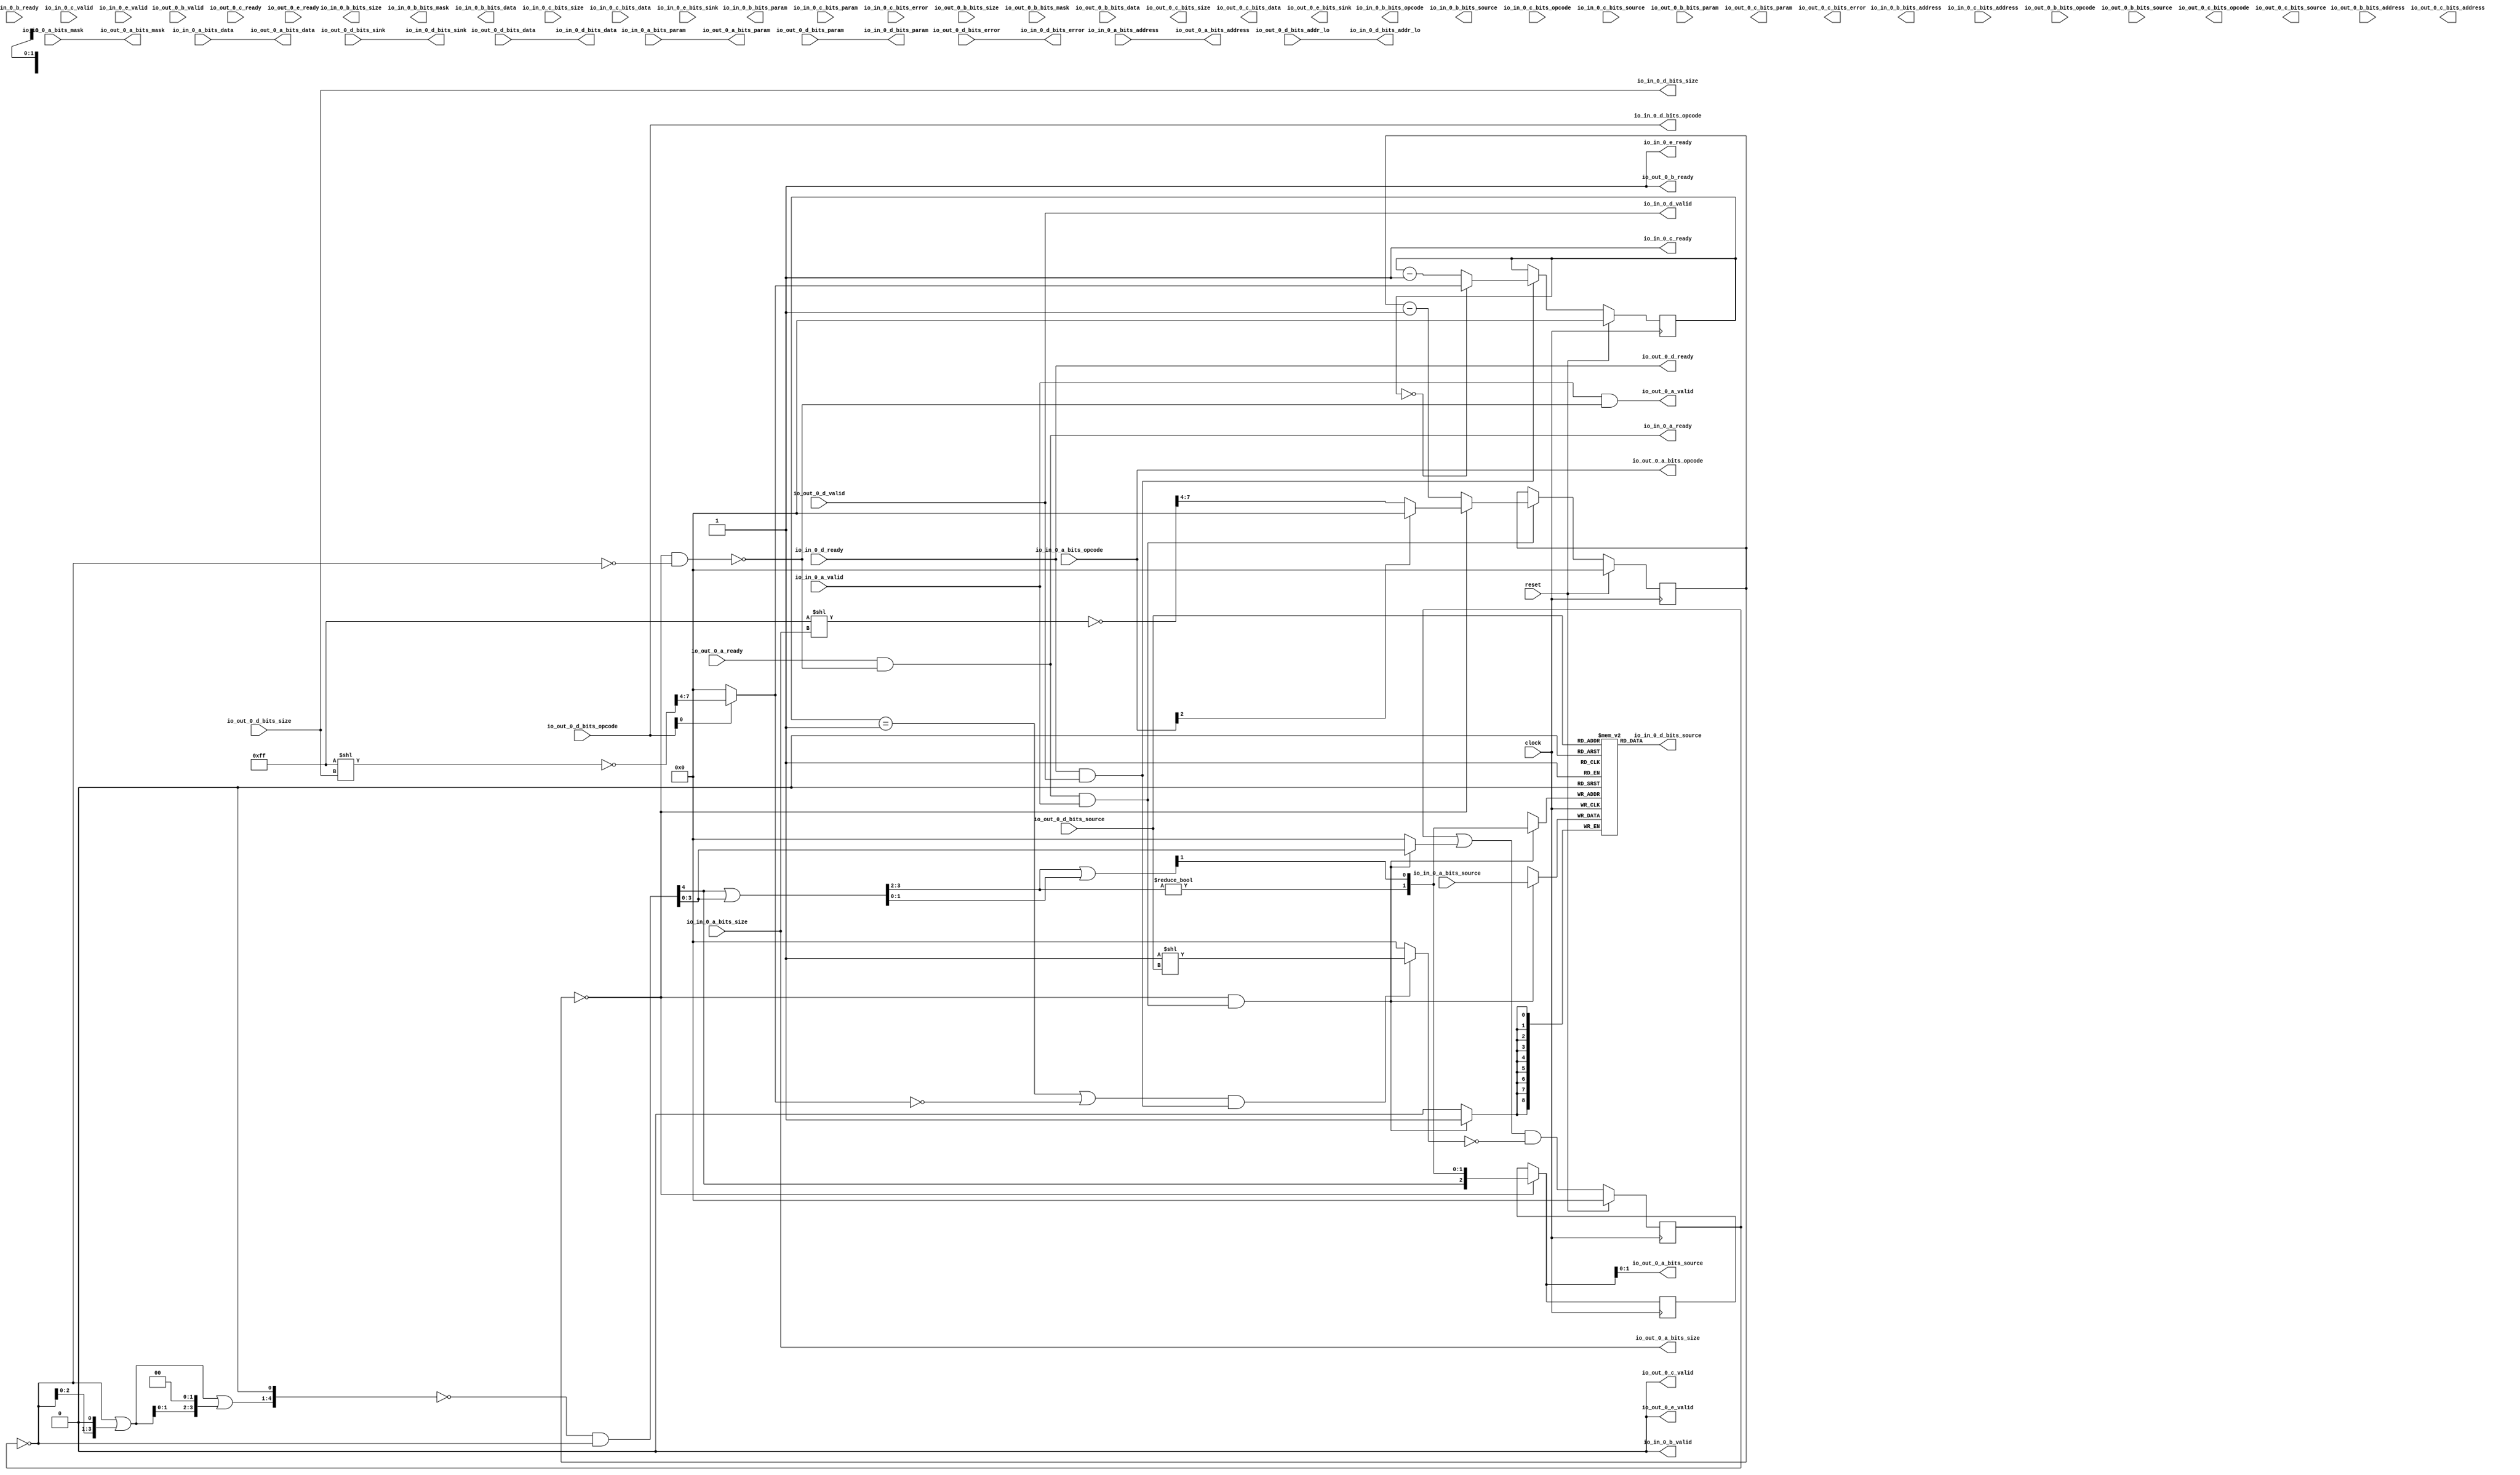
module TLSourceShrinker_l1tol2(
  input   clock,
  input   reset,
  output  io_in_0_a_ready,
  input   io_in_0_a_valid,
  input  [2:0] io_in_0_a_bits_opcode,
  input  [2:0] io_in_0_a_bits_param,
  input  [3:0] io_in_0_a_bits_size,
  input  [8:0] io_in_0_a_bits_source,
  input  [31:0] io_in_0_a_bits_address,
  input  [15:0] io_in_0_a_bits_mask,
  input  [127:0] io_in_0_a_bits_data,
  input   io_in_0_b_ready,
  output  io_in_0_b_valid,
  output [2:0] io_in_0_b_bits_opcode,
  output [1:0] io_in_0_b_bits_param,
  output [3:0] io_in_0_b_bits_size,
  output [8:0] io_in_0_b_bits_source,
  output [31:0] io_in_0_b_bits_address,
  output [15:0] io_in_0_b_bits_mask,
  output [127:0] io_in_0_b_bits_data,
  output  io_in_0_c_ready,
  input   io_in_0_c_valid,
  input  [2:0] io_in_0_c_bits_opcode,
  input  [2:0] io_in_0_c_bits_param,
  input  [3:0] io_in_0_c_bits_size,
  input  [8:0] io_in_0_c_bits_source,
  input  [31:0] io_in_0_c_bits_address,
  input  [127:0] io_in_0_c_bits_data,
  input   io_in_0_c_bits_error,
  input   io_in_0_d_ready,
  output  io_in_0_d_valid,
  output [2:0] io_in_0_d_bits_opcode,
  output [1:0] io_in_0_d_bits_param,
  output [3:0] io_in_0_d_bits_size,
  output [8:0] io_in_0_d_bits_source,
  output [3:0] io_in_0_d_bits_sink,
  output [3:0] io_in_0_d_bits_addr_lo,
  output [127:0] io_in_0_d_bits_data,
  output  io_in_0_d_bits_error,
  output  io_in_0_e_ready,
  input   io_in_0_e_valid,
  input  [3:0] io_in_0_e_bits_sink,
  input   io_out_0_a_ready,
  output  io_out_0_a_valid,
  output [2:0] io_out_0_a_bits_opcode,
  output [2:0] io_out_0_a_bits_param,
  output [3:0] io_out_0_a_bits_size,
  output [1:0] io_out_0_a_bits_source,
  output [31:0] io_out_0_a_bits_address,
  output [15:0] io_out_0_a_bits_mask,
  output [127:0] io_out_0_a_bits_data,
  output  io_out_0_b_ready,
  input   io_out_0_b_valid,
  input  [2:0] io_out_0_b_bits_opcode,
  input  [1:0] io_out_0_b_bits_param,
  input  [3:0] io_out_0_b_bits_size,
  input  [1:0] io_out_0_b_bits_source,
  input  [31:0] io_out_0_b_bits_address,
  input  [15:0] io_out_0_b_bits_mask,
  input  [127:0] io_out_0_b_bits_data,
  input   io_out_0_c_ready,
  output  io_out_0_c_valid,
  output [2:0] io_out_0_c_bits_opcode,
  output [2:0] io_out_0_c_bits_param,
  output [3:0] io_out_0_c_bits_size,
  output [1:0] io_out_0_c_bits_source,
  output [31:0] io_out_0_c_bits_address,
  output [127:0] io_out_0_c_bits_data,
  output  io_out_0_c_bits_error,
  output  io_out_0_d_ready,
  input   io_out_0_d_valid,
  input  [2:0] io_out_0_d_bits_opcode,
  input  [1:0] io_out_0_d_bits_param,
  input  [3:0] io_out_0_d_bits_size,
  input  [1:0] io_out_0_d_bits_source,
  input  [3:0] io_out_0_d_bits_sink,
  input  [3:0] io_out_0_d_bits_addr_lo,
  input  [127:0] io_out_0_d_bits_data,
  input   io_out_0_d_bits_error,
  input   io_out_0_e_ready,
  output  io_out_0_e_valid,
  output [3:0] io_out_0_e_bits_sink
);
  reg [8:0] _T_1409 [0:3];
  reg [31:0] _GEN_24;
  wire [8:0] _T_1409__T_1505_data;
  wire [1:0] _T_1409__T_1505_addr;
  wire [8:0] _T_1409__T_1509_data;
  wire [1:0] _T_1409__T_1509_addr;
  wire  _T_1409__T_1509_mask;
  wire  _T_1409__T_1509_en;
  reg [3:0] _T_1411;
  reg [31:0] _GEN_25;
  wire [3:0] _T_1412;
  wire [4:0] _GEN_13;
  wire [4:0] _T_1413;
  wire [3:0] _T_1414;
  wire [3:0] _T_1415;
  wire [5:0] _GEN_14;
  wire [5:0] _T_1416;
  wire [3:0] _T_1417;
  wire [3:0] _T_1418;
  wire [4:0] _GEN_15;
  wire [4:0] _T_1419;
  wire [4:0] _T_1420;
  wire [4:0] _T_1422;
  wire  _T_1423;
  wire [3:0] _T_1424;
  wire [3:0] _GEN_17;
  wire [3:0] _T_1427;
  wire [1:0] _T_1428;
  wire [1:0] _T_1429;
  wire  _T_1431;
  wire [1:0] _T_1432;
  wire  _T_1433;
  wire [1:0] _T_1434;
  wire [2:0] _T_1435;
  wire  _T_1438;
  wire  _T_1439;
  wire [22:0] _T_1442;
  wire [7:0] _T_1443;
  wire [7:0] _T_1444;
  wire [3:0] _T_1445;
  wire  _T_1446;
  wire  _T_1448;
  wire [3:0] _T_1450;
  reg [3:0] _T_1452;
  reg [31:0] _GEN_26;
  wire [4:0] _T_1454;
  wire [3:0] _T_1455;
  wire  _T_1457;
  wire [3:0] _T_1466;
  wire [3:0] _GEN_0;
  wire  _T_1467;
  wire [22:0] _T_1470;
  wire [7:0] _T_1471;
  wire [7:0] _T_1472;
  wire [3:0] _T_1473;
  wire  _T_1474;
  wire [3:0] _T_1476;
  reg [3:0] _T_1478;
  reg [31:0] _GEN_27;
  wire [4:0] _T_1480;
  wire [3:0] _T_1481;
  wire  _T_1483;
  wire  _T_1485;
  wire  _T_1487;
  wire  _T_1488;
  wire  _T_1489;
  wire [3:0] _T_1492;
  wire [3:0] _GEN_1;
  wire  _T_1493;
  wire  _T_1495;
  wire  _T_1496;
  wire  _T_1499;
  wire  _T_1501;
  reg [2:0] _T_1503;
  reg [31:0] _GEN_28;
  wire [2:0] _GEN_2;
  wire [2:0] _T_1504;
  wire  _T_1507;
  wire [1:0] _T_1508;
  wire [4:0] _T_1515;
  wire [3:0] _T_1517;
  wire [3:0] _T_1519;
  wire [4:0] _GEN_18;
  wire [4:0] _T_1520;
  wire [3:0] _T_1521;
  wire [4:0] _GEN_19;
  wire [4:0] _T_1522;
  reg [2:0] _GEN_3;
  reg [31:0] _GEN_29;
  reg [1:0] _GEN_4;
  reg [31:0] _GEN_30;
  reg [3:0] _GEN_5;
  reg [31:0] _GEN_31;
  reg [8:0] _GEN_6;
  reg [31:0] _GEN_32;
  reg [31:0] _GEN_7;
  reg [31:0] _GEN_33;
  reg [15:0] _GEN_8;
  reg [31:0] _GEN_34;
  reg [127:0] _GEN_9;
  reg [127:0] _GEN_35;
  reg [2:0] _GEN_10;
  reg [31:0] _GEN_36;
  reg [2:0] _GEN_11;
  reg [31:0] _GEN_37;
  reg [3:0] _GEN_12;
  reg [31:0] _GEN_38;
  reg [1:0] _GEN_16;
  reg [31:0] _GEN_39;
  reg [31:0] _GEN_20;
  reg [31:0] _GEN_40;
  reg [127:0] _GEN_21;
  reg [127:0] _GEN_41;
  reg  _GEN_22;
  reg [31:0] _GEN_42;
  reg [3:0] _GEN_23;
  reg [31:0] _GEN_43;
  assign io_in_0_a_ready = _T_1496;
  assign io_in_0_b_valid = 1'h0;
  assign io_in_0_b_bits_opcode = _GEN_3;
  assign io_in_0_b_bits_param = _GEN_4;
  assign io_in_0_b_bits_size = _GEN_5;
  assign io_in_0_b_bits_source = _GEN_6;
  assign io_in_0_b_bits_address = _GEN_7;
  assign io_in_0_b_bits_mask = _GEN_8;
  assign io_in_0_b_bits_data = _GEN_9;
  assign io_in_0_c_ready = 1'h1;
  assign io_in_0_d_valid = io_out_0_d_valid;
  assign io_in_0_d_bits_opcode = io_out_0_d_bits_opcode;
  assign io_in_0_d_bits_param = io_out_0_d_bits_param;
  assign io_in_0_d_bits_size = io_out_0_d_bits_size;
  assign io_in_0_d_bits_source = _T_1409__T_1505_data;
  assign io_in_0_d_bits_sink = io_out_0_d_bits_sink;
  assign io_in_0_d_bits_addr_lo = io_out_0_d_bits_addr_lo;
  assign io_in_0_d_bits_data = io_out_0_d_bits_data;
  assign io_in_0_d_bits_error = io_out_0_d_bits_error;
  assign io_in_0_e_ready = 1'h1;
  assign io_out_0_a_valid = _T_1499;
  assign io_out_0_a_bits_opcode = io_in_0_a_bits_opcode;
  assign io_out_0_a_bits_param = io_in_0_a_bits_param;
  assign io_out_0_a_bits_size = io_in_0_a_bits_size;
  assign io_out_0_a_bits_source = _T_1504[1:0];
  assign io_out_0_a_bits_address = io_in_0_a_bits_address;
  assign io_out_0_a_bits_mask = io_in_0_a_bits_mask;
  assign io_out_0_a_bits_data = io_in_0_a_bits_data;
  assign io_out_0_b_ready = 1'h1;
  assign io_out_0_c_valid = 1'h0;
  assign io_out_0_c_bits_opcode = _GEN_10;
  assign io_out_0_c_bits_param = _GEN_11;
  assign io_out_0_c_bits_size = _GEN_12;
  assign io_out_0_c_bits_source = _GEN_16;
  assign io_out_0_c_bits_address = _GEN_20;
  assign io_out_0_c_bits_data = _GEN_21;
  assign io_out_0_c_bits_error = _GEN_22;
  assign io_out_0_d_ready = io_in_0_d_ready;
  assign io_out_0_e_valid = 1'h0;
  assign io_out_0_e_bits_sink = _GEN_23;
  assign _T_1409__T_1505_addr = io_out_0_d_bits_source;
  assign _T_1409__T_1505_data = _T_1409[_T_1409__T_1505_addr];
  assign _T_1409__T_1509_data = io_in_0_a_bits_source;
  assign _T_1409__T_1509_addr = _T_1508;
  assign _T_1409__T_1509_mask = _T_1507;
  assign _T_1409__T_1509_en = _T_1507;
  assign _T_1412 = ~ _T_1411;
  assign _GEN_13 = {{1'd0}, _T_1412};
  assign _T_1413 = _GEN_13 << 1;
  assign _T_1414 = _T_1413[3:0];
  assign _T_1415 = _T_1412 | _T_1414;
  assign _GEN_14 = {{2'd0}, _T_1415};
  assign _T_1416 = _GEN_14 << 2;
  assign _T_1417 = _T_1416[3:0];
  assign _T_1418 = _T_1415 | _T_1417;
  assign _GEN_15 = {{1'd0}, _T_1418};
  assign _T_1419 = _GEN_15 << 1;
  assign _T_1420 = ~ _T_1419;
  assign _T_1422 = _T_1420 & _GEN_13;
  assign _T_1423 = _T_1422[4];
  assign _T_1424 = _T_1422[3:0];
  assign _GEN_17 = {{3'd0}, _T_1423};
  assign _T_1427 = _GEN_17 | _T_1424;
  assign _T_1428 = _T_1427[3:2];
  assign _T_1429 = _T_1427[1:0];
  assign _T_1431 = _T_1428 != 2'h0;
  assign _T_1432 = _T_1428 | _T_1429;
  assign _T_1433 = _T_1432[1];
  assign _T_1434 = {_T_1431,_T_1433};
  assign _T_1435 = {_T_1423,_T_1434};
  assign _T_1438 = _T_1412 == 4'h0;
  assign _T_1439 = io_in_0_a_ready & io_in_0_a_valid;
  assign _T_1442 = 23'hff << io_in_0_a_bits_size;
  assign _T_1443 = _T_1442[7:0];
  assign _T_1444 = ~ _T_1443;
  assign _T_1445 = _T_1444[7:4];
  assign _T_1446 = io_in_0_a_bits_opcode[2];
  assign _T_1448 = _T_1446 == 1'h0;
  assign _T_1450 = _T_1448 ? _T_1445 : 4'h0;
  assign _T_1454 = _T_1452 - 4'h1;
  assign _T_1455 = _T_1454[3:0];
  assign _T_1457 = _T_1452 == 4'h0;
  assign _T_1466 = _T_1457 ? _T_1450 : _T_1455;
  assign _GEN_0 = _T_1439 ? _T_1466 : _T_1452;
  assign _T_1467 = io_in_0_d_ready & io_in_0_d_valid;
  assign _T_1470 = 23'hff << io_in_0_d_bits_size;
  assign _T_1471 = _T_1470[7:0];
  assign _T_1472 = ~ _T_1471;
  assign _T_1473 = _T_1472[7:4];
  assign _T_1474 = io_in_0_d_bits_opcode[0];
  assign _T_1476 = _T_1474 ? _T_1473 : 4'h0;
  assign _T_1480 = _T_1478 - 4'h1;
  assign _T_1481 = _T_1480[3:0];
  assign _T_1483 = _T_1478 == 4'h0;
  assign _T_1485 = _T_1478 == 4'h1;
  assign _T_1487 = _T_1476 == 4'h0;
  assign _T_1488 = _T_1485 | _T_1487;
  assign _T_1489 = _T_1488 & _T_1467;
  assign _T_1492 = _T_1483 ? _T_1476 : _T_1481;
  assign _GEN_1 = _T_1467 ? _T_1492 : _T_1478;
  assign _T_1493 = _T_1457 & _T_1438;
  assign _T_1495 = _T_1493 == 1'h0;
  assign _T_1496 = io_out_0_a_ready & _T_1495;
  assign _T_1499 = io_in_0_a_valid & _T_1495;
  assign _T_1501 = _T_1457 == 1'h0;
  assign _GEN_2 = _T_1457 ? _T_1435 : _T_1503;
  assign _T_1504 = _T_1501 ? _T_1503 : _T_1435;
  assign _T_1507 = _T_1457 & _T_1439;
  assign _T_1508 = _T_1435[1:0];
  assign _T_1515 = _T_1507 ? _T_1422 : 5'h0;
  assign _T_1517 = 4'h1 << io_out_0_d_bits_source;
  assign _T_1519 = _T_1489 ? _T_1517 : 4'h0;
  assign _GEN_18 = {{1'd0}, _T_1411};
  assign _T_1520 = _GEN_18 | _T_1515;
  assign _T_1521 = ~ _T_1519;
  assign _GEN_19 = {{1'd0}, _T_1521};
  assign _T_1522 = _T_1520 & _GEN_19;
`ifdef RANDOMIZE
  integer initvar;
  initial begin
    `ifndef verilator
      #0.002 begin end
    `endif
  _GEN_24 = {1{$random}};
  `ifdef RANDOMIZE_MEM_INIT
  for (initvar = 0; initvar < 4; initvar = initvar+1)
    _T_1409[initvar] = _GEN_24[8:0];
  `endif
  `ifdef RANDOMIZE_REG_INIT
  _GEN_25 = {1{$random}};
  _T_1411 = _GEN_25[3:0];
  `endif
  `ifdef RANDOMIZE_REG_INIT
  _GEN_26 = {1{$random}};
  _T_1452 = _GEN_26[3:0];
  `endif
  `ifdef RANDOMIZE_REG_INIT
  _GEN_27 = {1{$random}};
  _T_1478 = _GEN_27[3:0];
  `endif
  `ifdef RANDOMIZE_REG_INIT
  _GEN_28 = {1{$random}};
  _T_1503 = _GEN_28[2:0];
  `endif
  `ifdef RANDOMIZE_REG_INIT
  _GEN_29 = {1{$random}};
  _GEN_3 = _GEN_29[2:0];
  `endif
  `ifdef RANDOMIZE_REG_INIT
  _GEN_30 = {1{$random}};
  _GEN_4 = _GEN_30[1:0];
  `endif
  `ifdef RANDOMIZE_REG_INIT
  _GEN_31 = {1{$random}};
  _GEN_5 = _GEN_31[3:0];
  `endif
  `ifdef RANDOMIZE_REG_INIT
  _GEN_32 = {1{$random}};
  _GEN_6 = _GEN_32[8:0];
  `endif
  `ifdef RANDOMIZE_REG_INIT
  _GEN_33 = {1{$random}};
  _GEN_7 = _GEN_33[31:0];
  `endif
  `ifdef RANDOMIZE_REG_INIT
  _GEN_34 = {1{$random}};
  _GEN_8 = _GEN_34[15:0];
  `endif
  `ifdef RANDOMIZE_REG_INIT
  _GEN_35 = {4{$random}};
  _GEN_9 = _GEN_35[127:0];
  `endif
  `ifdef RANDOMIZE_REG_INIT
  _GEN_36 = {1{$random}};
  _GEN_10 = _GEN_36[2:0];
  `endif
  `ifdef RANDOMIZE_REG_INIT
  _GEN_37 = {1{$random}};
  _GEN_11 = _GEN_37[2:0];
  `endif
  `ifdef RANDOMIZE_REG_INIT
  _GEN_38 = {1{$random}};
  _GEN_12 = _GEN_38[3:0];
  `endif
  `ifdef RANDOMIZE_REG_INIT
  _GEN_39 = {1{$random}};
  _GEN_16 = _GEN_39[1:0];
  `endif
  `ifdef RANDOMIZE_REG_INIT
  _GEN_40 = {1{$random}};
  _GEN_20 = _GEN_40[31:0];
  `endif
  `ifdef RANDOMIZE_REG_INIT
  _GEN_41 = {4{$random}};
  _GEN_21 = _GEN_41[127:0];
  `endif
  `ifdef RANDOMIZE_REG_INIT
  _GEN_42 = {1{$random}};
  _GEN_22 = _GEN_42[0:0];
  `endif
  `ifdef RANDOMIZE_REG_INIT
  _GEN_43 = {1{$random}};
  _GEN_23 = _GEN_43[3:0];
  `endif
  end
`endif
  always @(posedge clock) begin
    if(_T_1409__T_1509_en & _T_1409__T_1509_mask) begin
      _T_1409[_T_1409__T_1509_addr] <= _T_1409__T_1509_data;
    end
    if (reset) begin
      _T_1411 <= 4'h0;
    end else begin
      _T_1411 <= _T_1522[3:0];
    end
    if (reset) begin
      _T_1452 <= 4'h0;
    end else begin
      if (_T_1439) begin
        if (_T_1457) begin
          if (_T_1448) begin
            _T_1452 <= _T_1445;
          end else begin
            _T_1452 <= 4'h0;
          end
        end else begin
          _T_1452 <= _T_1455;
        end
      end
    end
    if (reset) begin
      _T_1478 <= 4'h0;
    end else begin
      if (_T_1467) begin
        if (_T_1483) begin
          if (_T_1474) begin
            _T_1478 <= _T_1473;
          end else begin
            _T_1478 <= 4'h0;
          end
        end else begin
          _T_1478 <= _T_1481;
        end
      end
    end
    if (_T_1457) begin
      _T_1503 <= _T_1435;
    end
  end
endmodule